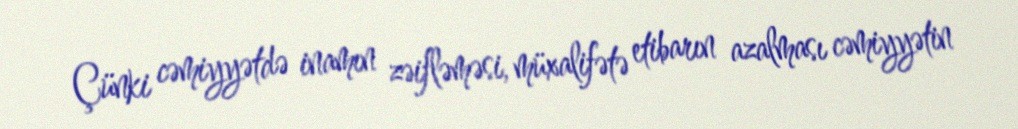
Çünki cəmiyyətdə inamın zəifləməsi, müxalifətə etibarın azalması cəmiyyətin